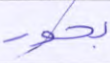
بحور